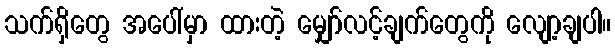
သက်ရှိတွေ အပေါ်မှာ ထားတဲ့ မျှော်လင့်ချက်တွေကို လျော့ချပါ။